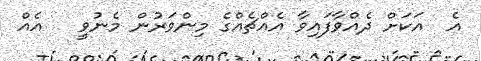
އެ  އަކަށް ދެއްވާފައިވާ އެއްޗެއްގެ މިންވަރުން މެނުވީ   އެއް